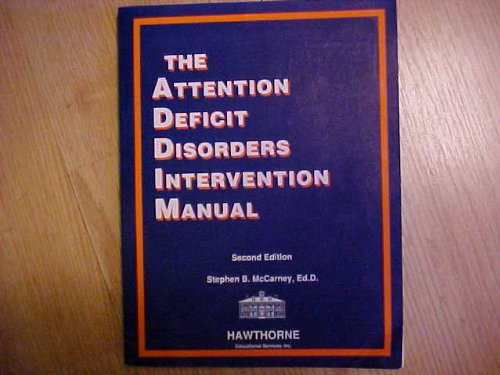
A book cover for Attention Deficit Disorders Intervention Manual, 2nd Edition; Stephen B. McCarney; Health, Fitness & Dieting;